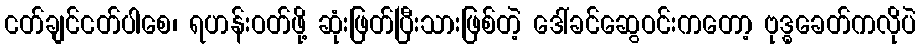
ငတ်ချင်ငတ်ပါစေ၊ ရဟန်းဝတ်ဖို့ ဆုံးဖြတ်ပြီးသားဖြစ်တဲ့ ဒေါ်ခင်ဆွေဝင်းကတော့ ဗုဒ္ဓခေတ်ကလိုပဲ